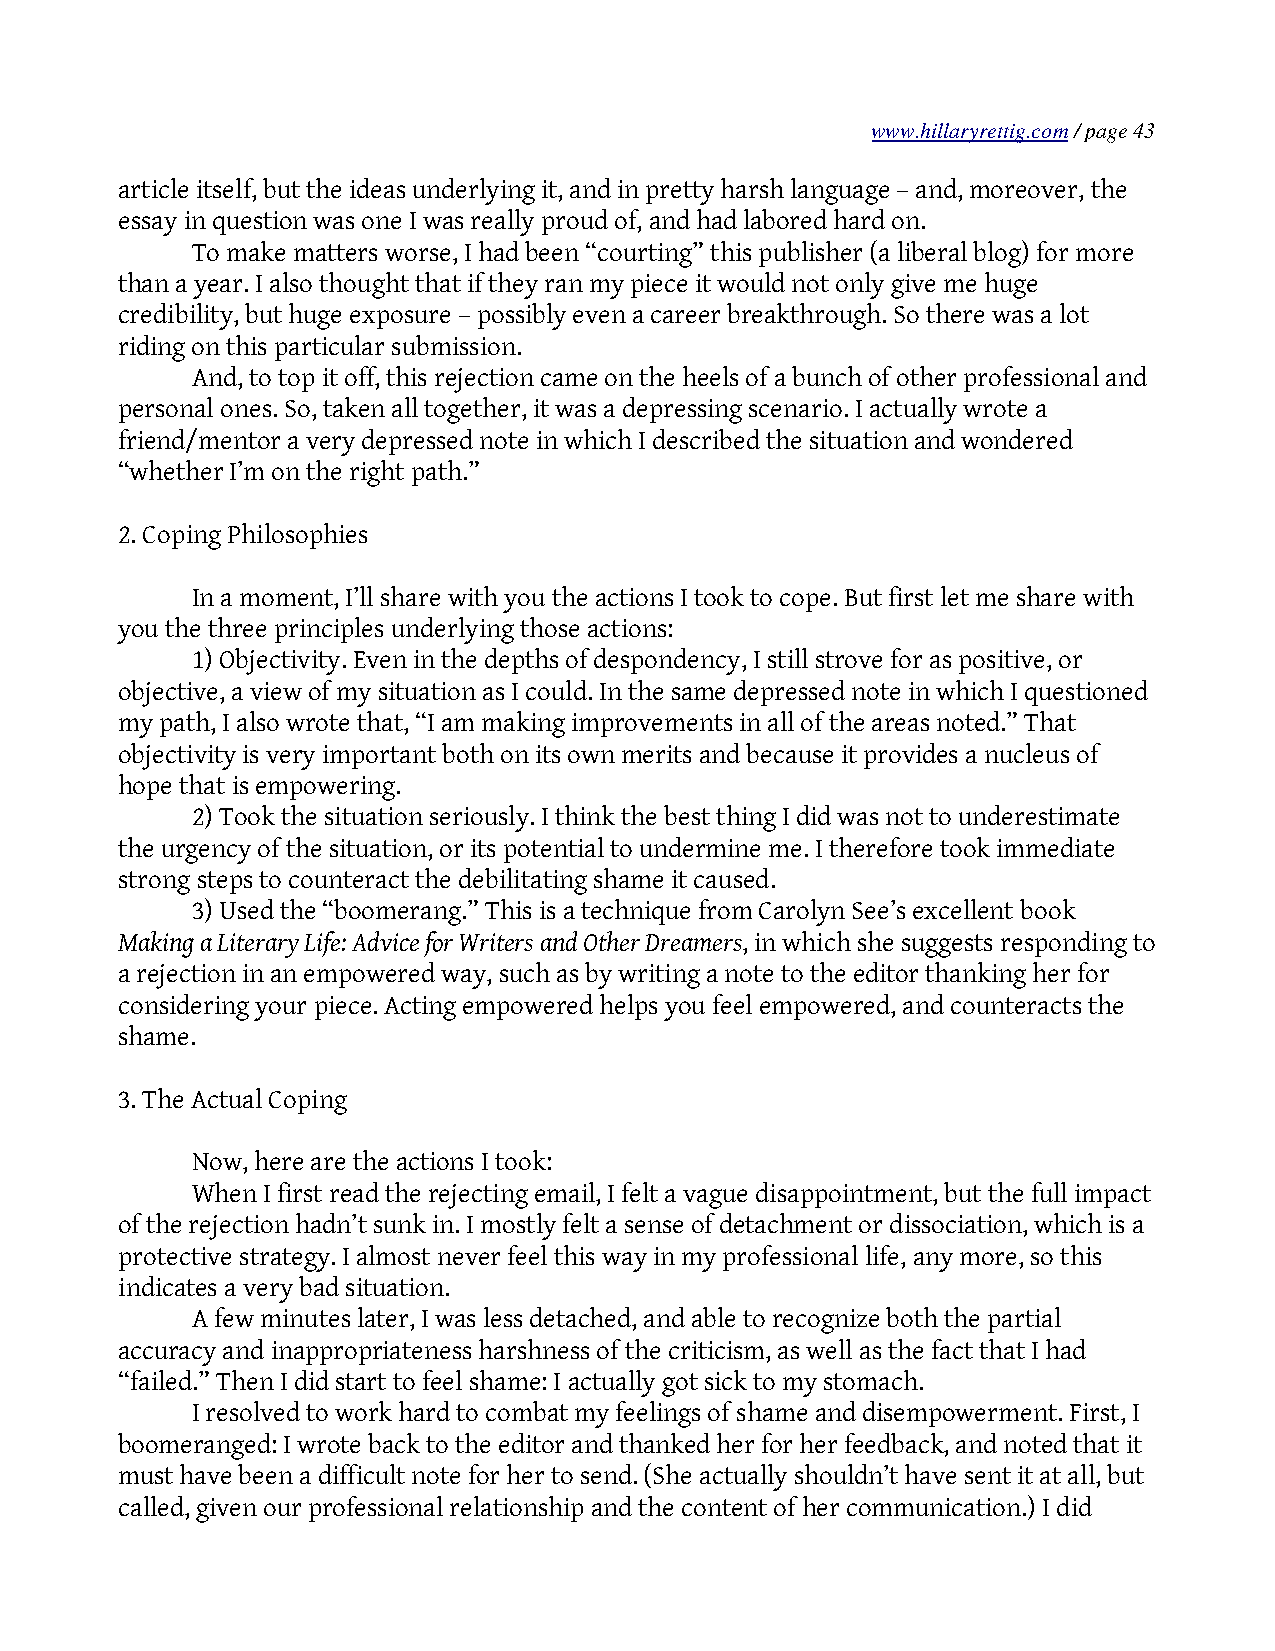
www.hillaryrettig.com / page 43
 article itself, but the ideas underlying it, and in pretty harsh language – and, moreover, the
 essay in question was one I was really proud of, and had labored hard on.
 To make matters worse, I had been “courting” this publisher (a liberal blog) for more
 than a year. I also thought that if they ran my piece it would not only give me huge
 credibility, but huge exposure – possibly even a career breakthrough. So there was a lot
 riding on this particular submission.
 And, to top it off, this rejection came on the heels of a bunch of other professional and
 personal ones. So, taken all together, it was a depressing scenario. I actually wrote a
 friend/mentor a very depressed note in which I described the situation and wondered
 “whether I’m on the right path.”
 2. Coping Philosophies
 In a moment, I’ll share with you the actions I took to cope. But first let me share with
 you the three principles underlying those actions:
 1) Objectivity. Even in the depths of despondency, I still strove for as positive, or
 objective, a view of my situation as I could. In the same depressed note in which I questioned
 my path, I also wrote that, “I am making improvements in all of the areas noted.” That
 objectivity is very important both on its own merits and because it provides a nucleus of
 hope that is empowering.
 2) Took the situation seriously. I think the best thing I did was not to underestimate
 the urgency of the situation, or its potential to undermine me. I therefore took immediate
 strong steps to counteract the debilitating shame it caused.
 3) Used the “boomerang.” This is a technique from Carolyn See’s excellent book
 Making a Literary Life: Advice for Writers and Other Dreamers, in which she suggests responding to
 a rejection in an empowered way, such as by writing a note to the editor thanking her for
 considering your piece. Acting empowered helps you feel empowered, and counteracts the
 shame.
 3. The Actual Coping
 Now, here are the actions I took:
 When I first read the rejecting email, I felt a vague disappointment, but the full impact
 of the rejection hadn’t sunk in. I mostly felt a sense of detachment or dissociation, which is a
 protective strategy. I almost never feel this way in my professional life, any more, so this
 indicates a very bad situation.
 A few minutes later, I was less detached, and able to recognize both the partial
 accuracy and inappropriateness harshness of the criticism, as well as the fact that I had
 “failed.” Then I did start to feel shame: I actually got sick to my stomach.
 I resolved to work hard to combat my feelings of shame and disempowerment. First, I
 boomeranged: I wrote back to the editor and thanked her for her feedback, and noted that it
 must have been a difficult note for her to send. (She actually shouldn’t have sent it at all, but
 called, given our professional relationship and the content of her communication.) I did